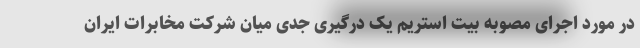
در مورد اجرای مصوبه بیت استریم یک درگیری جدی میان شرکت مخابرات ایران